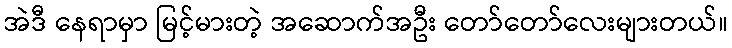
အဲဒီ နေရာမှာ မြင့်မားတဲ့ အဆောက်အဦး တော်တော်လေးများတယ်။